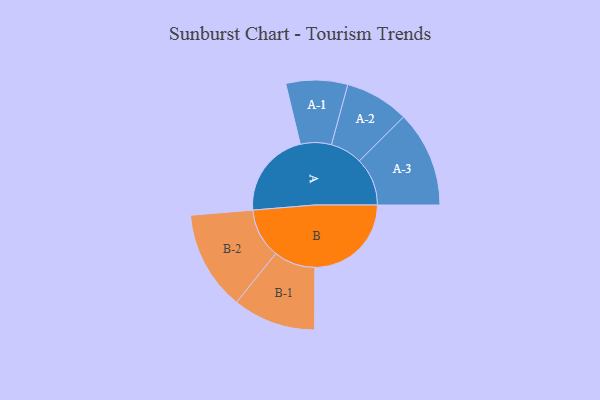
{"axis": {"x": "Segment", "y": "Value"}, "legend": ["", "A", "B"], "data": [{"x": "A", "y": 369, "type": ""}, {"x": "B", "y": 410, "type": ""}, {"x": "A-1", "y": 131, "type": "A"}, {"x": "A-2", "y": 136, "type": "A"}, {"x": "A-3", "y": 204, "type": "A"}, {"x": "B-1", "y": 176, "type": "B"}, {"x": "B-2", "y": 211, "type": "B"}]}